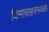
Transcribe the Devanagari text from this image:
किमावाहनमव्यक्तै